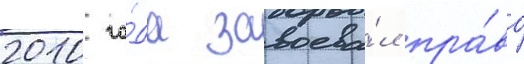
2010 го́да завоева́л пра́во